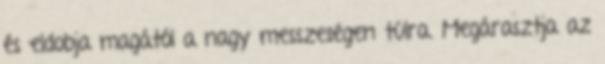
és eldobja magától a nagy messzeségen túlra. Megárasztja az